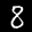
Label: 8